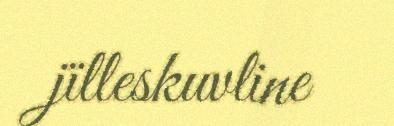
jïlleskuvline